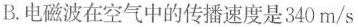
B.电磁波在空气中的传播速度是340m/s